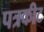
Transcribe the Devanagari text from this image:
पत्रकीट